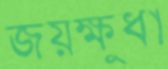
জয়ক্ষুধা